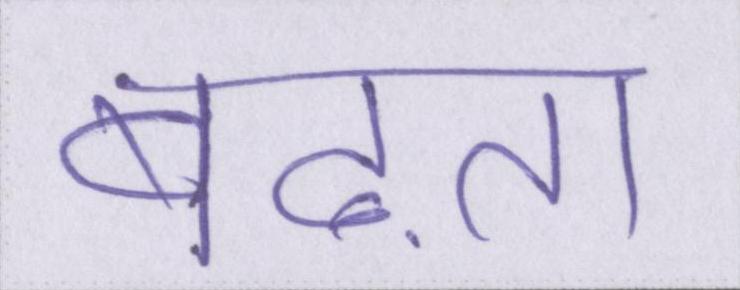
बढ़ाता